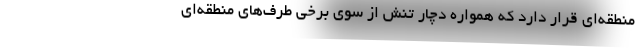
منطقه‌ای قرار دارد که همواره دچار تنش از سوی برخی طرف‌های منطقه‌ای